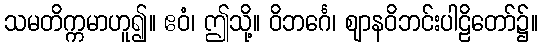
သမတိက္ကမာဟူ၍။ ဧဝံ၊ ဤသို့။ ဝိဘင်္ဂေ၊ ဈာနဝိဘင်းပါဠိတော်၌။